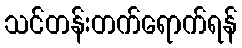
သင်တန်းတက်ရောက်ရန်